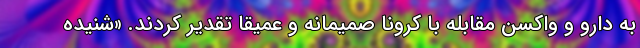
به دارو و واکسنِ مقابله با کرونا صمیمانه و عمیقاً تقدیر کردند. «شنیده